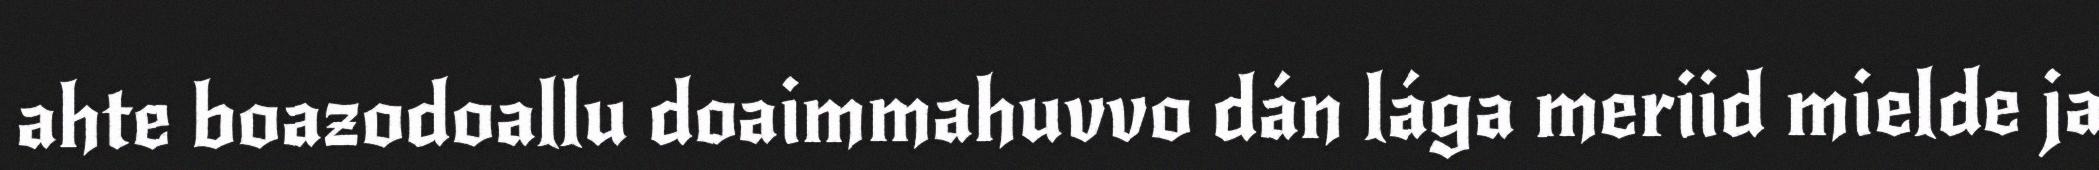
ahte boazodoallu doaimmahuvvo dán lága meriid mielde ja